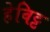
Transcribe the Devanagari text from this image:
हेविट्ट